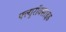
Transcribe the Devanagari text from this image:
फ्ल्युरॉक्साइड